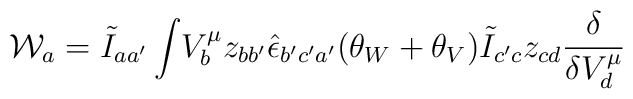
{\cal W}_a =  \tilde I_{aa'}\int \!  V^\mu _b z_{bb'}\hat \epsilon _{b'c'a'} (\theta _W + \theta _V)\tilde I _{c'c}z_{cd}\frac{\delta}{\delta V^\mu _{d}}